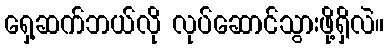
ရှေ့ဆက်ဘယ်လို လုပ်ဆောင်သွားဖို့ရှိလဲ။